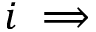
i \implies